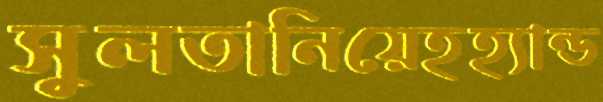
সুলতানিয়েহহ্যান্ড